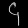
Digit: ၄